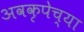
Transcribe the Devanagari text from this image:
अवकृपेच्या